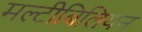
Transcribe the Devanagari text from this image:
मल्टीबिलियन